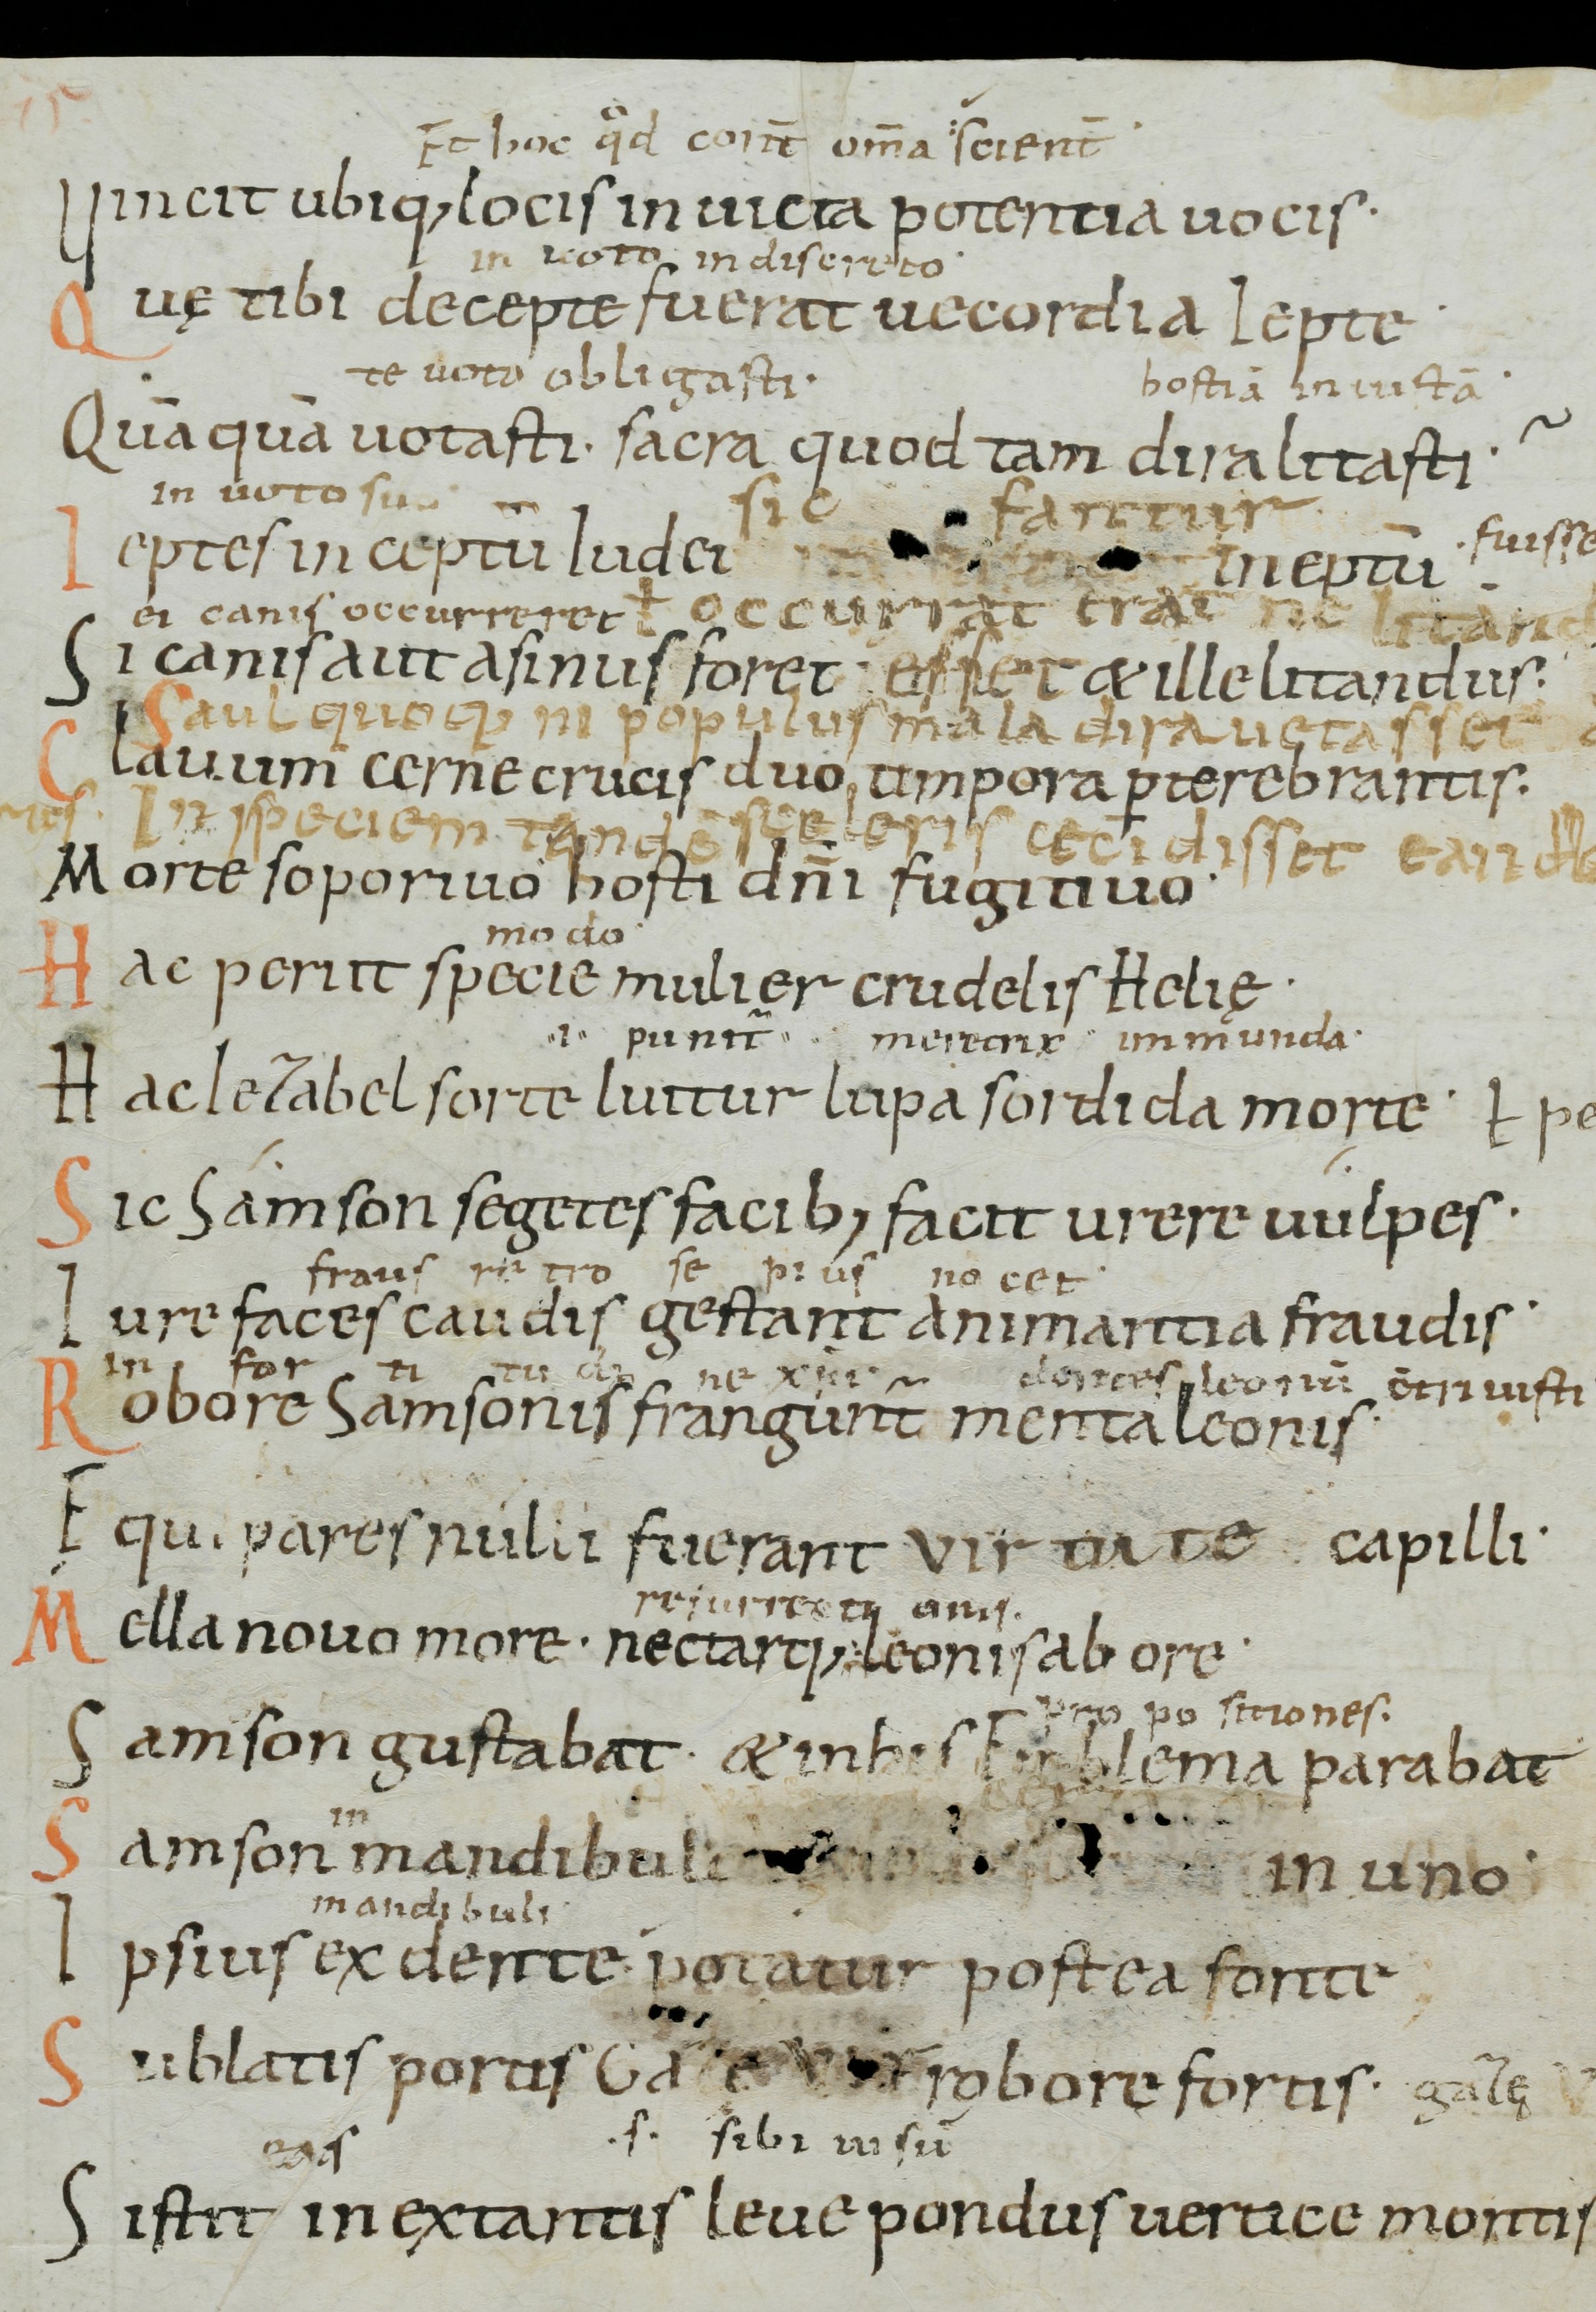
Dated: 1000–1099